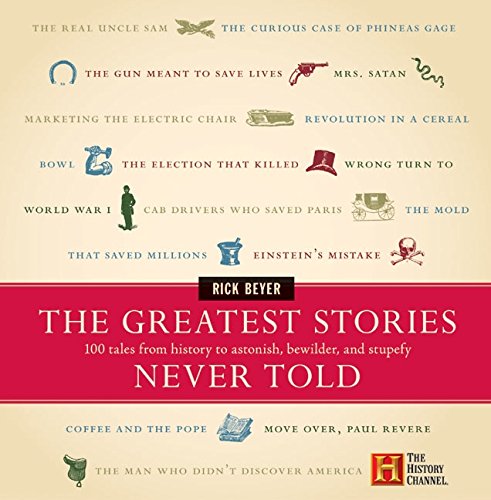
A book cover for The Greatest Stories Never Told: 100 Tales from History to Astonish, Bewilder, and Stupefy; Rick Beyer; Humor & Entertainment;